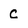
Character: c